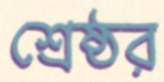
শ্রেষ্ঠর